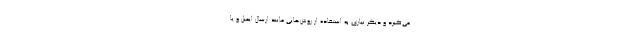
می‌گیرد و دیگر نیازی به استفاده از روش‌هایی مانند ارسال ایمیل و یا